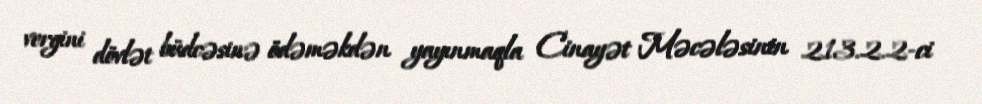
vergini dövlət büdcəsinə ödəməkdən yayınmaqla Cinayət Məcələsinin 213.2.2-ci